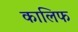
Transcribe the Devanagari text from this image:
कालिफ